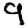
Digit: 9